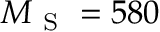
M _ { \mathrm { ~ S ~ } } = 5 8 0